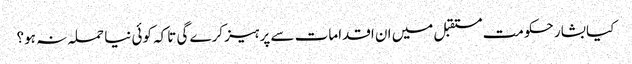
کیا بشار حکومت مستقبل میں ان اقدامات سے پرہیز کرے گی تاکہ کوئی نیا حملہ نہ ہو؟